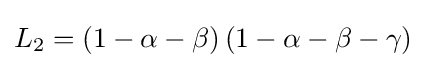
L_{2}=\left(1-\alpha -\beta \right)\left(1-\alpha -\beta -\gamma \right)